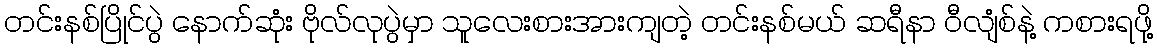
တင်းနစ်ပြိုင်ပွဲ နောက်ဆုံး ဗိုလ်လုပွဲမှာ သူလေးစားအားကျတဲ့ တင်းနစ်မယ် ဆရီနာ ဝီလျံစ်နဲ့ ကစားရဖို့